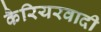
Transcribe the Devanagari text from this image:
कैरियरवादी